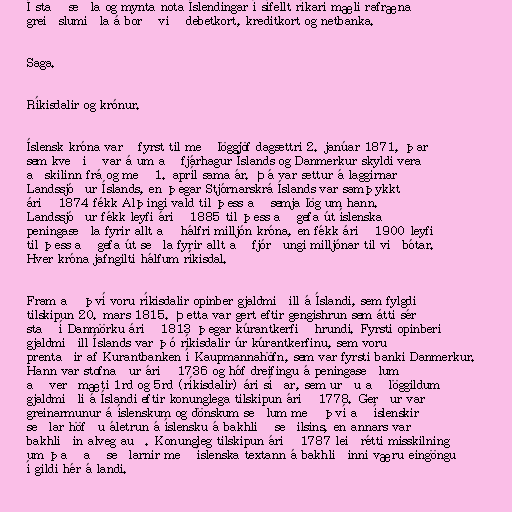
Í stað seðla og mynta nota Íslendingar í sífellt ríkari mæli rafræna
greiðslumiðla á borð við debetkort, kreditkort og netbanka.

Saga.

Ríkisdalir og krónur.

Íslensk króna varð fyrst til með löggjöf dagsettri 2. janúar 1871, þar
sem kveðið var á um að fjárhagur Íslands og Danmerkur skyldi vera
aðskilinn frá og með 1. apríl sama ár. Þá var settur á laggirnar
Landssjóður Íslands, en þegar Stjórnarskrá Íslands var samþykkt
árið 1874 fékk Alþingi vald til þess að semja lög um hann.
Landssjóður fékk leyfi árið 1885 til þess að gefa út íslenska
peningaseðla fyrir allt að hálfri milljón króna, en fékk árið 1900 leyfi
til þess að gefa út seðla fyrir allt að fjórðungi milljónar til viðbótar.
Hver króna jafngilti hálfum ríkisdal.

Fram að því voru ríkisdalir opinber gjaldmiðill á Íslandi, sem fylgdi
tilskipun 20. mars 1815. Þetta var gert eftir gengishrun sem átti sér
stað í Danmörku árið 1813 þegar kúrantkerfið hrundi. Fyrsti opinberi
gjaldmiðill Íslands var þó ríkisdalir úr kúrantkerfinu, sem voru
prentaðir af Kurantbanken í Kaupmannahöfn, sem var fyrsti banki Danmerkur.
Hann var stofnaður árið 1736 og hóf dreifingu á peningaseðlum
að verðmæti 1rd og 5rd (ríkisdalir) ári síðar, sem urðu að löggildum
gjaldmiðli á Íslandi eftir konunglega tilskipun árið 1778. Gerður var
greinarmunur á íslenskum og dönskum seðlum með því að íslenskir
seðlar höfðu áletrun á íslensku á bakhlið seðilsins, en annars var
bakhliðin alveg auð. Konungleg tilskipun árið 1787 leiðrétti misskilning
um það að seðlarnir með íslenska textann á bakhliðinni væru eingöngu
í gildi hér á landi.